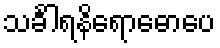
သင်္ခါရနိရောဓောပေ